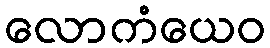
လောကံယေဝ